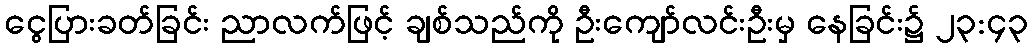
ငွေပြားခတ်ခြင်း ညာလက်ဖြင့် ချစ်သည်ကို ဦးကျော်လင်းဦးမှ နေခြင်း၌ ၂၃:၄၃